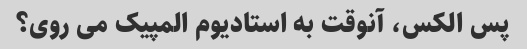
پس الکس، آنوقت به استادیوم المپیک می روی؟